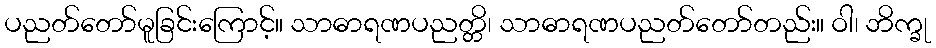
ပညတ်တော်မူခြင်းကြောင့်။ သာဓာရဏပညတ္တိ၊ သာဓာရဏပညတ်တော်တည်း။ ဝါ၊ ဘိက္ခု